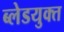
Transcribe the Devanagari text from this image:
ब्लेडयुक्त